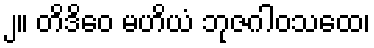
၂။ တိဒိဝေ မဟိယံ ဘုဇဂါဝသထေ၊